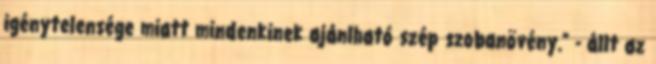
igénytelensége miatt mindenkinek ajánlható szép szobanövény." - állt az